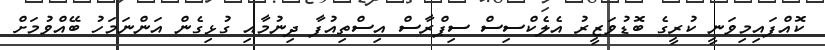
ކޮއްފައިމިވަނީ ކުރީގެ ބޮޑުވަޒީރު އެލެކްސިސް ސިޕްރާސް އިސްތިއުފާ ދިނުމާއި ގުޅިގެން އަންނަމަހު ބޭއްވުމަށް